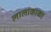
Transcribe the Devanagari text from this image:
लालाकाका